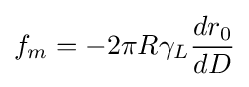
f_{m}=-2\pi R\gamma _{L}{\frac {dr_{0}}{dD}}